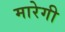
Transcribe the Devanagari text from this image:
मारेगी